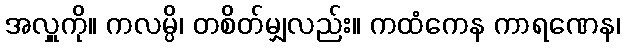
အလှူကို။ ကလမ္ပိ၊ တစိတ်မျှလည်း။ ကထံကေန ကာရဏေန၊